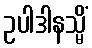
ဥပါဒါနသ္မိံ